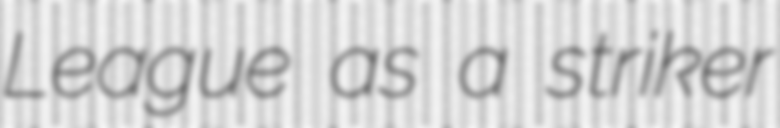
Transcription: League as a striker